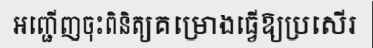
អញ្ជើញចុះពិនិត្យគម្រោងធ្វើឱ្យប្រសើរ